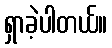
ရှာခဲ့ပါတယ်။